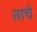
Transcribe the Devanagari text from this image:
ताचे